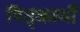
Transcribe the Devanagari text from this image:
पितृकार्यों